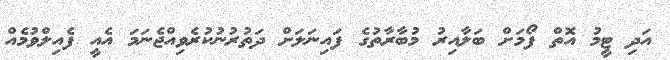
އަދި ޓީމު އޮތް ފޯމަށް ބަލާއިރު މުބާރާތުގެ ފައިނަލަށް ދަތުރުނުކުރެވިއްޖެނަމަ އެއީ ފެއިލްވުމެއް